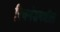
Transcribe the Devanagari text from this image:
रिचमंडमधील